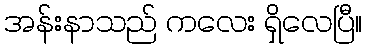
အန်းနာသည် ကလေး ရှိလေပြီ။